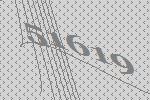
51619